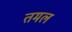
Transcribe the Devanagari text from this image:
तमल